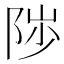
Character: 𱀒